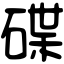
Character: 碟